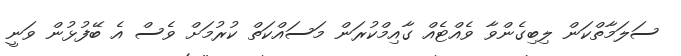
ސަލަމާތްކަން ލިބިގެންވާ ވެއްޓެއް ގާއިމްކުރަން މަސައްކަތް ކުރުމަށް ވެސް އެ ބޭފުޅުން ވަނީ